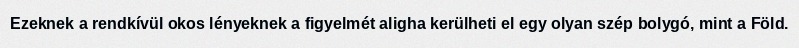
Ezeknek a rendkívül okos lényeknek a figyelmét aligha kerülheti el egy olyan szép bolygó, mint a Föld.